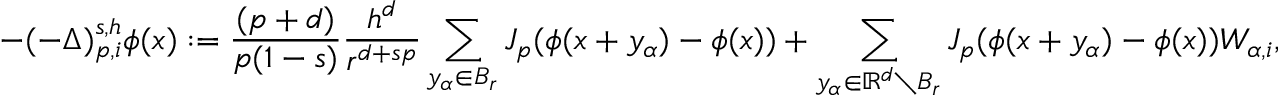
- ( - \Delta ) _ { p , i } ^ { s , h } \phi ( x ) : = \frac { ( p + d ) } { p ( 1 - s ) } \frac { h ^ { d } } { r ^ { d + s p } } \sum _ { y _ { \alpha } \in B _ { r } } J _ { p } ( \phi ( x + y _ { \alpha } ) - \phi ( x ) ) + \sum _ { y _ { \alpha } \in \ensuremath { \mathbb { R } } ^ { d } \setminus B _ { r } } J _ { p } ( \phi ( x + y _ { \alpha } ) - \phi ( x ) ) W _ { \alpha , i } ,